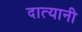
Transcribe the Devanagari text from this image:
दात्यानी